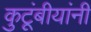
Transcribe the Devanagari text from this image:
कुटूंबीयांनी